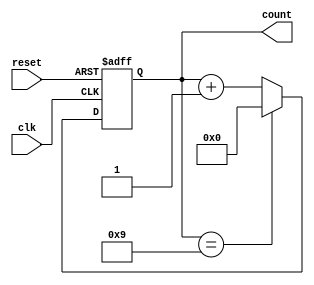
module decade_counter (
    input wire clk,        // Clock input
    input wire reset,      // Asynchronous reset
    output reg [3:0] count // 4-bit output count
);

// Asynchronous reset and counting operation
always @(posedge clk or posedge reset) begin
    if (reset) begin
        count <= 4'b0000; // Reset the count to 0
    end else begin
        if (count == 4'b1001) begin
            count <= 4'b0000; // Reset on counting to 10
        end else begin
            count <= count + 1; // Increment the count
        end
    end
end

endmodule